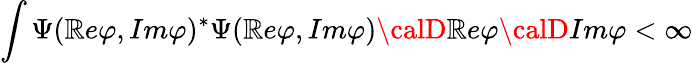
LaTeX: \int\Psi(\mathbb{R}e\varphi,Im\varphi)^{\ast}\Psi(\mathbb{R}e\varphi,Im\varphi){\calD}\mathbb{R}e\varphi{\calD}Im\varphi<\infty